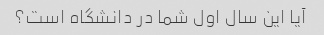
آیا این سال اول شما در دانشگاه است؟